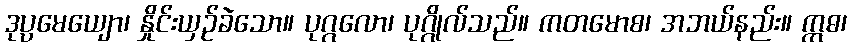
ဒုပ္ပမေယျော၊ နှိုင်းယှဉ်ခဲသော။ ပုဂ္ဂလော၊ ပုဂ္ဂိုလ်သည်။ ကတမောစ၊ အဘယ်နည်း။ ဣဓ၊